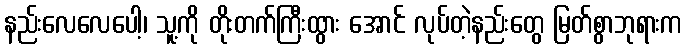
နည်းလေလေပေါ့၊ သူ့ကို တိုးတက်ကြီးထွား အောင် လုပ်တဲ့နည်းတွေ မြတ်စွာဘုရားက